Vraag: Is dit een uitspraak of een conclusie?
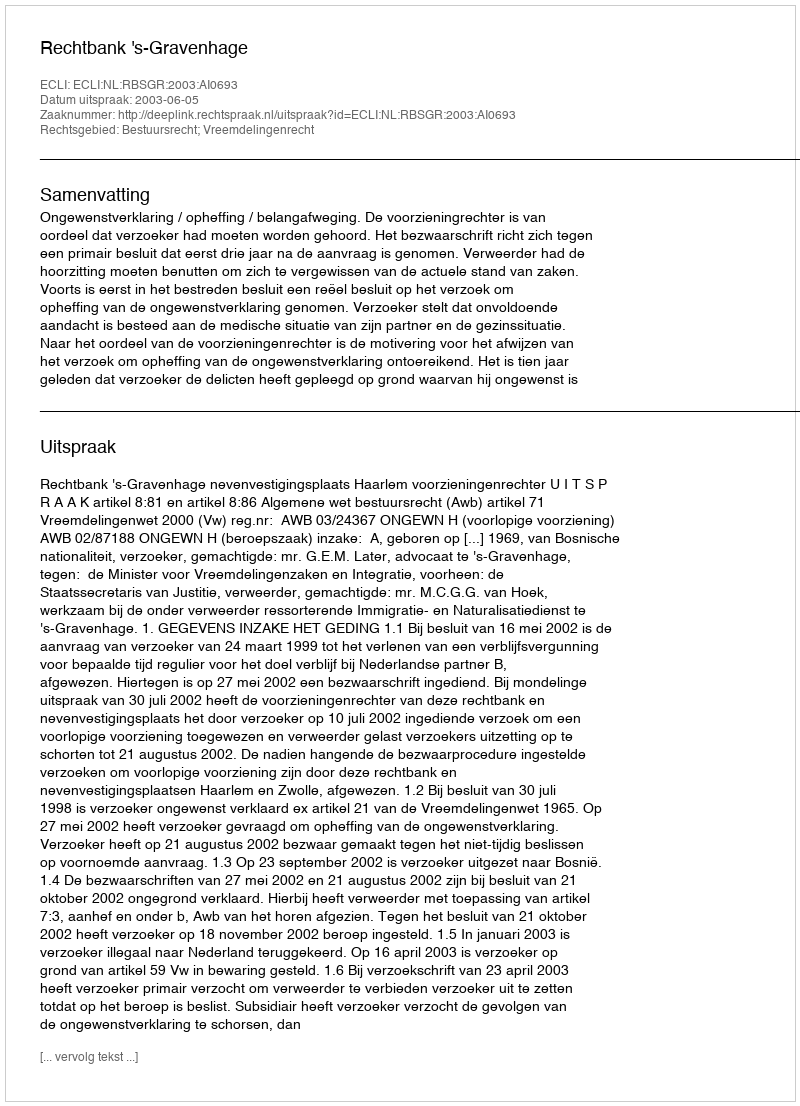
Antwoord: Uitspraak